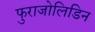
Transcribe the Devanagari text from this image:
फुराजोलिडिन